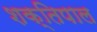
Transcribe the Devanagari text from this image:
शक्तिपाल